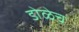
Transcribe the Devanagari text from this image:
डोळेच